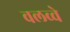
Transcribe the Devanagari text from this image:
वलव्वे